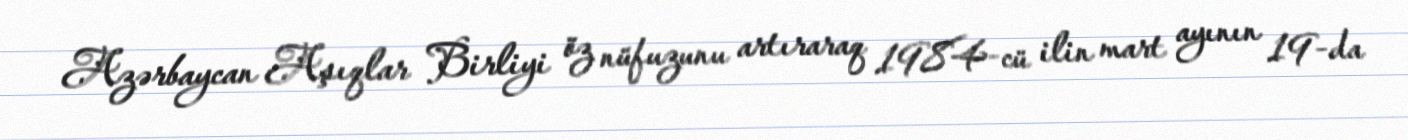
Azərbaycan Aşıqlar Birliyi öz nüfuzunu artıraraq 1984-cü ilin mart ayının 19-da